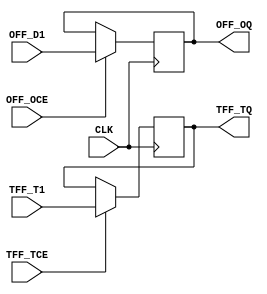
`timescale 1ns / 1ps

module glitcbus_ologic( input TFF_T1,
								output TFF_TQ,
								input TFF_TCE,
								input OFF_D1,
								input OFF_OCE,
								output OFF_OQ,
								input CLK);
								
	reg output_ff = 0;
	reg trist_ff = 0;
	always @(posedge CLK) begin
		if (OFF_OCE) output_ff <= OFF_D1;
		if (TFF_TCE) trist_ff <= TFF_T1;
	end
	
	assign TFF_TQ = trist_ff;
	assign OFF_OQ = output_ff;
	
endmodule